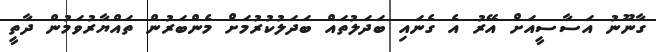
ގާނޫނު އަސާސީއަށް އޭރު އެ ގެނައި ބަދަލުތައް ބަދަލުކުރުމަށް މެންބަރުން ތައްޔާރުވަމުން ދާތީ